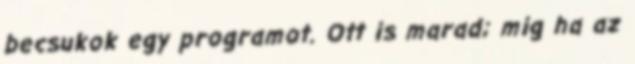
becsukok egy programot. Ott is marad; mig ha az